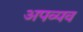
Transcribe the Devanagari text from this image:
अपव्यव